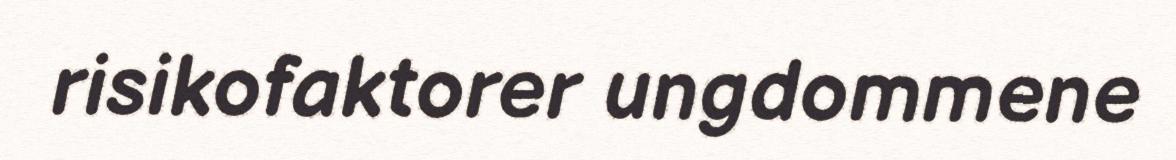
risikofaktorer ungdommene